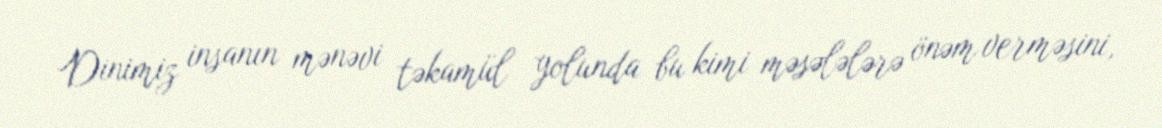
Dinimiz insanın mənəvi təkamül yolunda bu kimi məsələlərə önəm verməsini,